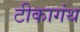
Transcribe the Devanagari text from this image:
टीकागंथ